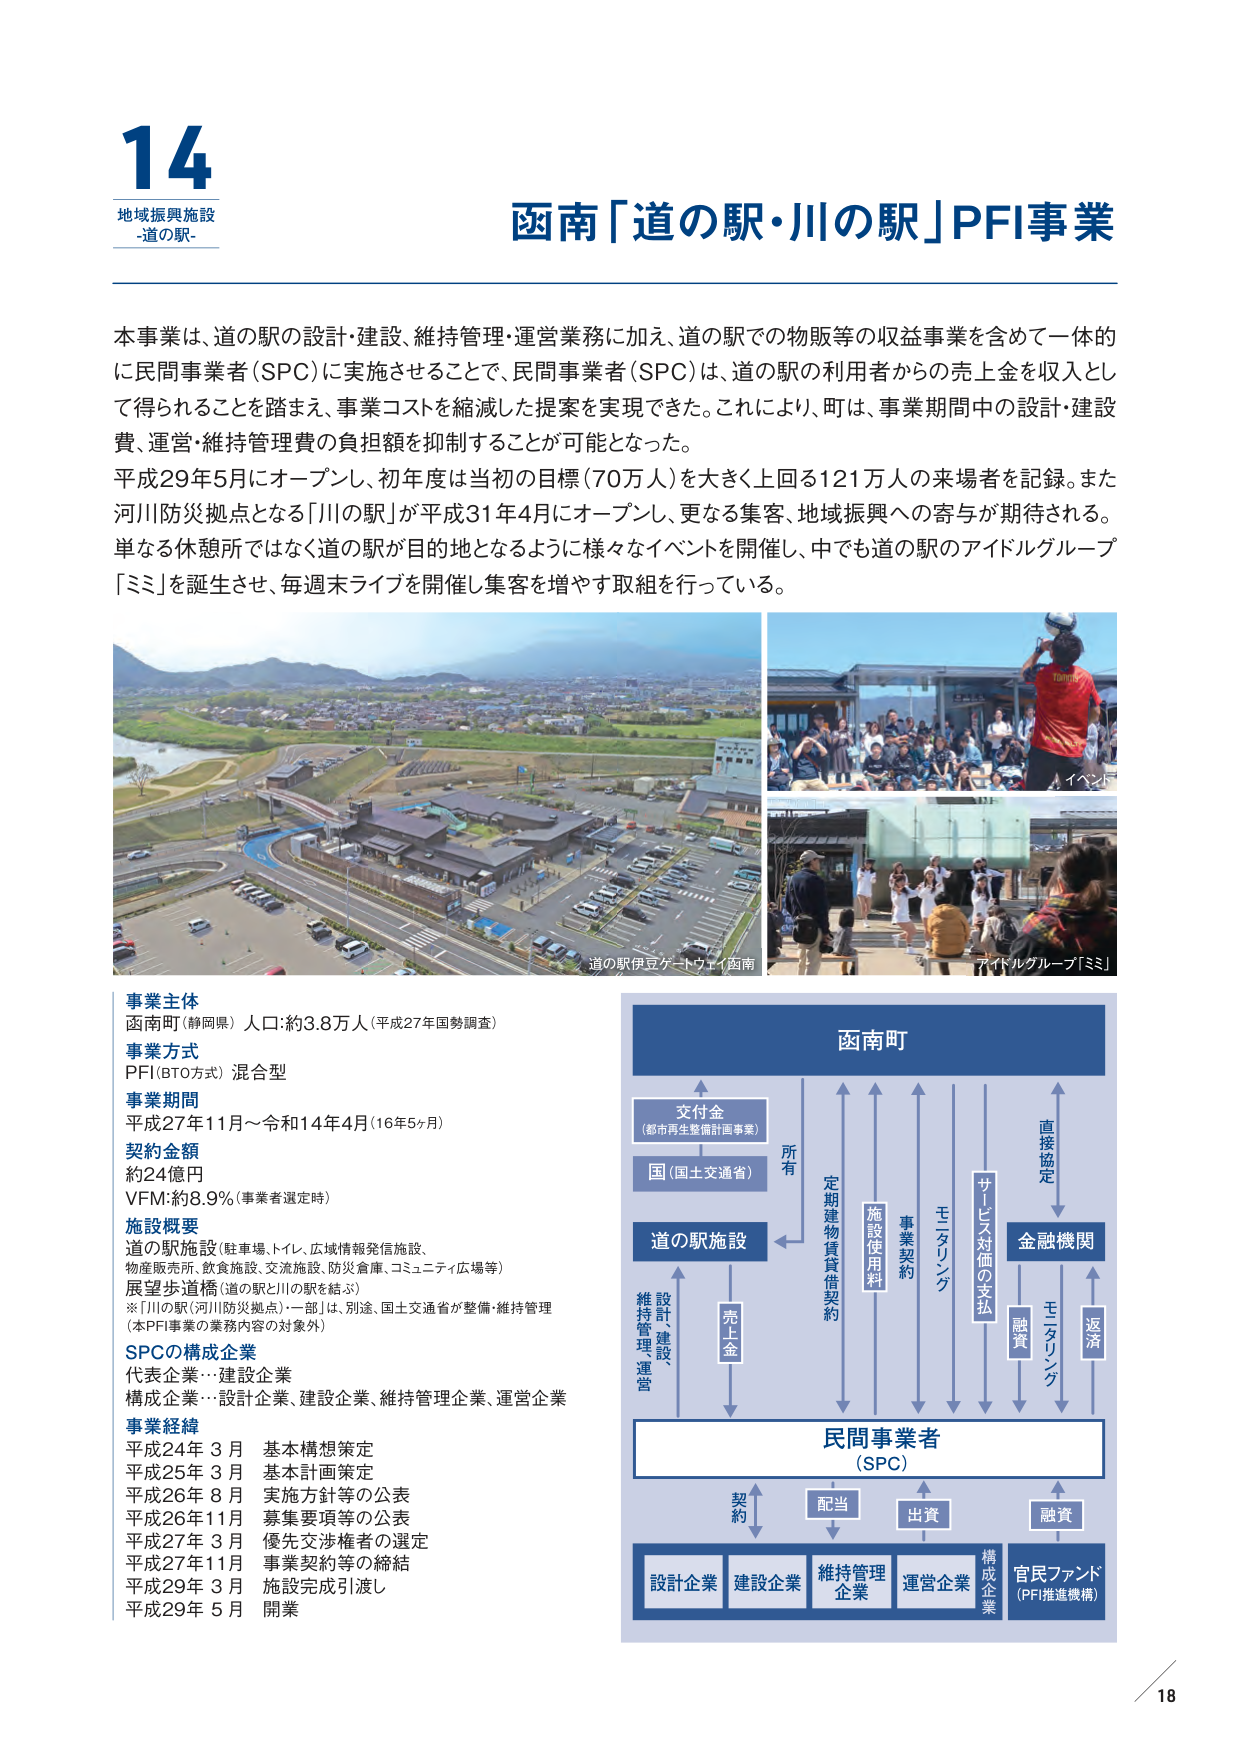
14
地域振興施設
-道の駅-

函南「道の駅・川の駅」PFI事業

本事業は、道の駅の設計・建設、維持管理・運営業務に加え、道の駅での物販等の収益事業を含めて一体的に民間事業者（SPC）に実施させることで、民間事業者（SPC）は、道の駅の利用者からの売上金を収入として得られることを踏まえ、事業コストを縮減した提案を実現できた。これにより、町は、事業期間中の設計・建設費、運営・維持管理費の負担額を抑制することが可能となった。
平成29年5月にオープンし、初年度は当初の目標（70万人）を大きく上回る121万人の来場者を記録。また河川防災拠点となる「川の駅」が平成31年4月にオープンし、更なる集客、地域振興への寄与が期待される。単なる休憩所ではなく道の駅が目的地となるように様々なイベントを開催し、中でも道の駅のアイドルグループ「ミミ」を誕生させ、毎週末ライブを開催し集客を増やす取組を行っている。

道の駅伊豆ケーブルウェイ函南
イベント
アイドルグループ「ミミ」

事業主体
函南町（静岡県） 人口：約3.8万人（平成27年国勢調査）
事業方式
PFI（BTO方式）混合型
事業期間
平成27年11月～令和14年4月（16年5ヶ月）
契約金額
約24億円
VFM：約8.9％（事業者選定時）
施設概要
道の駅施設（駐車場、トイレ、広域情報発信施設、
物産販売所、飲食施設、交流施設、防災倉庫、コミュニティ広場等）
展望歩道橋（道の駅と川の駅を結ぶ）
※「川の駅（河川防災拠点）」一部は、別途、国土交通省が整備・維持管理
（本PFI事業の業務内容の対象外）
SPCの構成企業
代表企業…建設企業
構成企業…設計企業、建設企業、維持管理企業、運営企業
事業経緯
平成24年3月 基本構想策定
平成25年3月 基本計画策定
平成26年8月 実施方針等の公表
平成26年11月 募集要項等の公表
平成27年3月 優先交渉権者の選定
平成27年11月 事業契約等の締結
平成29年3月 施設完成引渡し
平成29年5月 開業

函南町
交付金
（都市再生整備計画事業）
国（国土交通省）
道の駅施設
売上金
維持管理
設計建設
運営
所有
定期建物賃貸借契約
施設使用料
事業契約
モニタリング
サービス対価の支払
金融機関
融資
モニタリング
返済
直接協定
民間事業者
（SPC）
契約
配当
出資
融資
設計企業
建設企業
維持管理
企業
運営企業
構成企業
官民ファンド
（PFI推進機構）

18